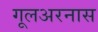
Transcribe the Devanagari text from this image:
गूलअरनास